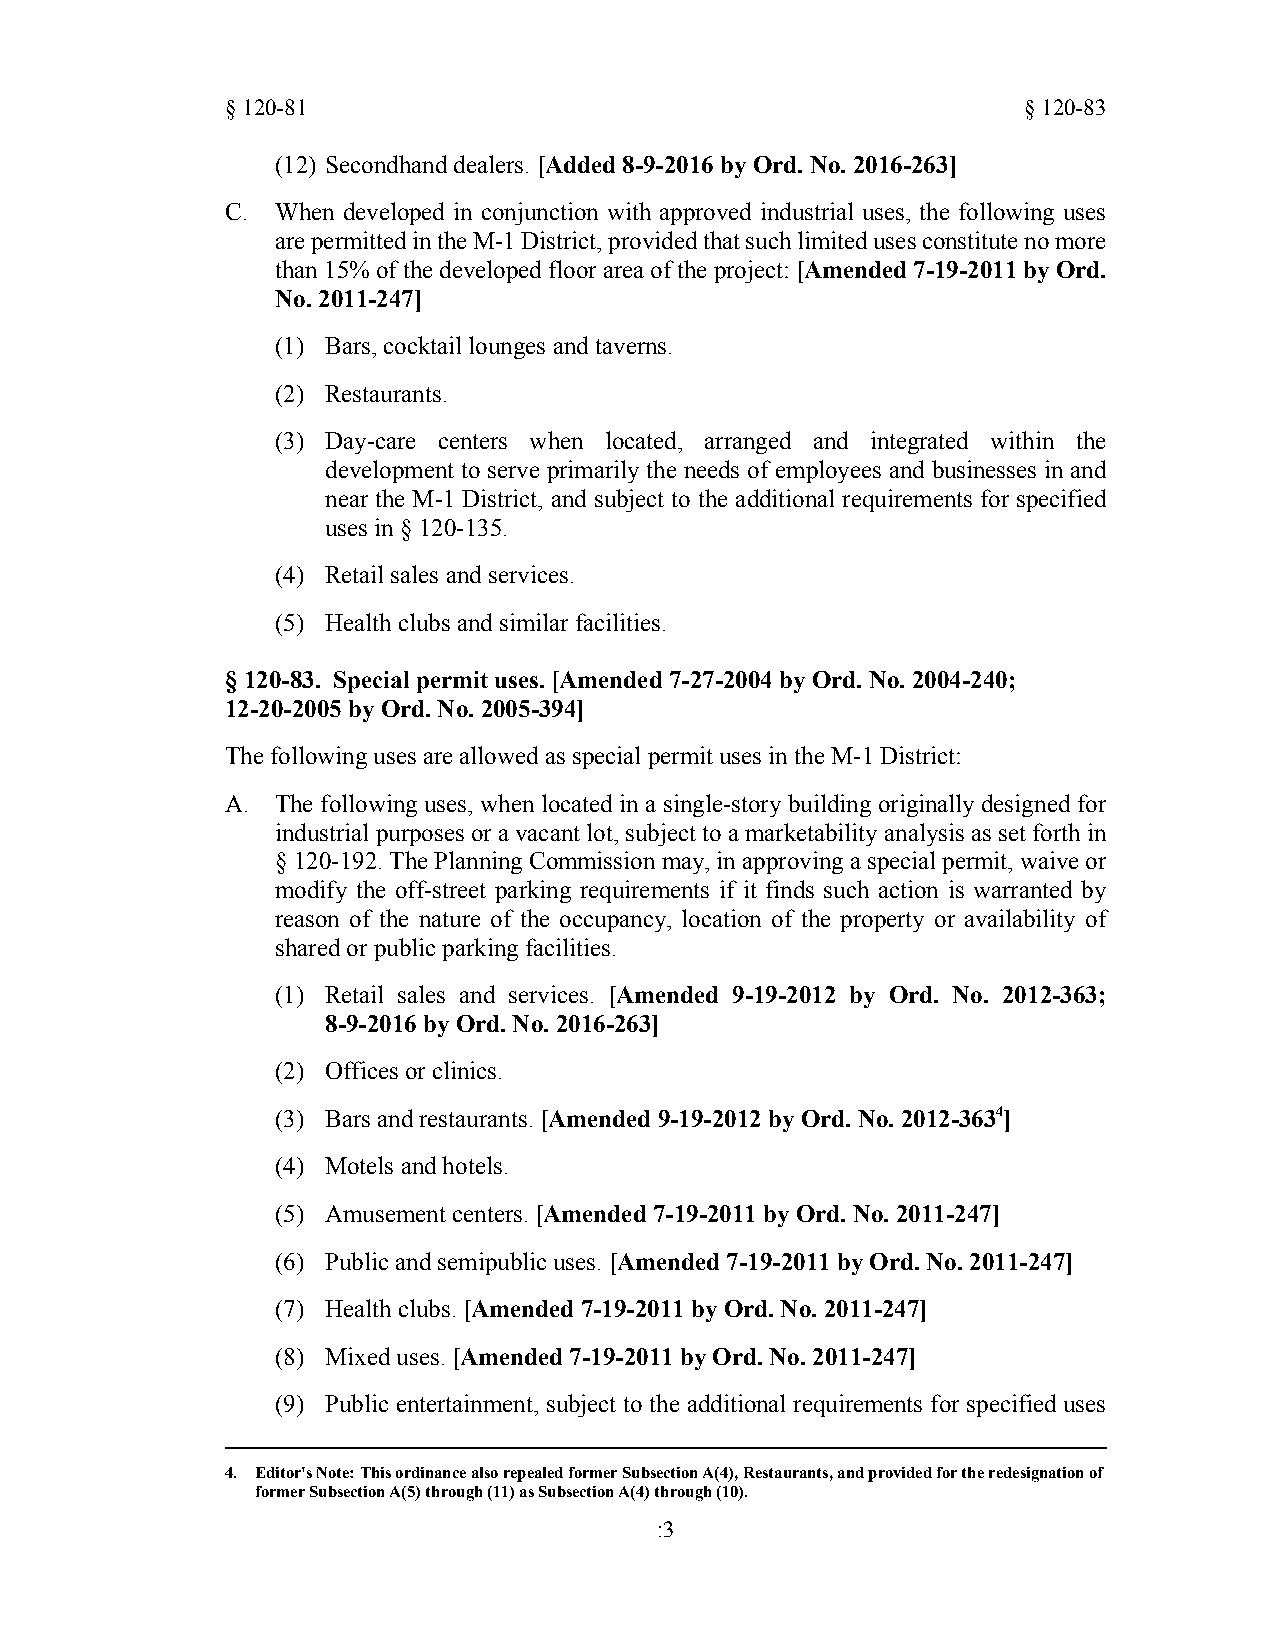
§120-81                                              §120-83
 (12) Secondhand dealers. [Added 8-9-2016 by Ord. No. 2016-263]
 C. When developed in conjunction with approved industrial uses, the following uses
 arepermittedintheM-1District,providedthatsuchlimitedusesconstitutenomore
 than15%ofthedevelopedfloorareaoftheproject:[Amended7-19-2011byOrd.
 No. 2011-247]
 (1) Bars, cocktail lounges and taverns.
 (2) Restaurants.
 (3) Day-care centers when located, arranged and integrated within the
 development to serve primarily the needs of employees and businesses in and
 near the M-1 District, and subject to the additional requirements for specified
 uses in § 120-135.
 (4) Retail sales and services.
 (5) Health clubs and similar facilities.
 §120-83. Special permit uses. [Amended 7-27-2004 by Ord. No. 2004-240;
 12-20-2005 by Ord. No. 2005-394]
 The following uses are allowed as special permit uses in the M-1 District:
 A. The following uses, when located in a single-story building originally designed for
 industrial purposesoravacantlot,subject toamarketability analysis assetforthin
 §120-192.ThePlanningCommissionmay,inapprovingaspecialpermit,waiveor
 modify the off-street parking requirements if it finds such action is warranted by
 reason of the nature of the occupancy, location of the property or availability of
 shared or public parking facilities.
 (1) Retail sales and services. [Amended 9-19-2012 by Ord. No. 2012-363;
 8-9-2016 by Ord. No. 2016-263]
 (2) Offices or clinics.
 (3) Bars and restaurants. [Amended 9-19-2012 by Ord. No. 2012-3634]
 (4) Motels and hotels.
 (5) Amusement centers. [Amended 7-19-2011 by Ord. No. 2011-247]
 (6) Public and semipublic uses. [Amended 7-19-2011 by Ord. No. 2011-247]
 (7) Health clubs. [Amended 7-19-2011 by Ord. No. 2011-247]
 (8) Mixed uses. [Amended 7-19-2011 by Ord. No. 2011-247]
 (9) Public entertainment, subject to the additional requirements for specified uses
 4. Editor's Note: This ordinance also repealed former Subsection A(4), Restaurants, and provided for the redesignation of
 former Subsection A(5) through (11) as Subsection A(4) through (10).
 :3